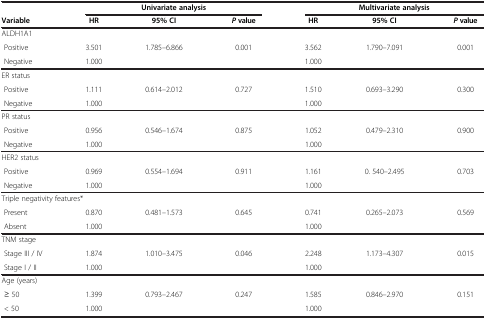
<table><thead><tr><td rowspan="2"><b>Variable</b></td><td colspan="3"><b>Univariate analysis</b></td><td colspan="3"><b>Multivariate analysis</b></td></tr><tr><td><b>HR</b></td><td><b>95% CI</b></td><td><b><i>P </i>value</b></td><td><b>HR</b></td><td><b>95% CI</b></td><td><b><i>P </i>value</b></td></tr></thead><tbody><tr><td>ALDH1A1</td><td> </td><td> </td><td> </td><td> </td><td> </td><td> </td></tr><tr><td> Positive</td><td>3.501</td><td>1.785–6.866</td><td>0.001</td><td>3.562</td><td>1.790–7.091</td><td>0.001</td></tr><tr><td> Negative</td><td>1.000</td><td> </td><td> </td><td>1.000</td><td> </td><td> </td></tr><tr><td>ER status</td><td> </td><td> </td><td> </td><td> </td><td> </td><td> </td></tr><tr><td> Positive</td><td>1.111</td><td>0.614–2.012</td><td>0.727</td><td>1.510</td><td>0.693–3.290</td><td>0.300</td></tr><tr><td> Negative</td><td>1.000</td><td> </td><td> </td><td>1.000</td><td> </td><td> </td></tr><tr><td>PR status</td><td> </td><td> </td><td> </td><td> </td><td> </td><td> </td></tr><tr><td> Positive</td><td>0.956</td><td>0.546–1.674</td><td>0.875</td><td>1.052</td><td>0.479–2.310</td><td>0.900</td></tr><tr><td> Negative</td><td>1.000</td><td> </td><td> </td><td>1.000</td><td> </td><td> </td></tr><tr><td>HER2 status</td><td> </td><td> </td><td> </td><td> </td><td> </td><td> </td></tr><tr><td> Positive</td><td>0.969</td><td>0.554–1.694</td><td>0.911</td><td>1.161</td><td>0. 540–2.495</td><td>0.703</td></tr><tr><td> Negative</td><td>1.000</td><td> </td><td> </td><td>1.000</td><td> </td><td> </td></tr><tr><td colspan="3">Triple negativity features*</td><td> </td><td> </td><td> </td><td> </td></tr><tr><td> Present</td><td>0.870</td><td>0.481–1.573</td><td>0.645</td><td>0.741</td><td>0.265–2.073</td><td>0.569</td></tr><tr><td> Absent</td><td>1.000</td><td> </td><td> </td><td>1.000</td><td> </td><td> </td></tr><tr><td>TNM stage</td><td> </td><td> </td><td> </td><td> </td><td> </td><td> </td></tr><tr><td> Stage III / IV</td><td>1.874</td><td>1.010–3.475</td><td>0.046</td><td>2.248</td><td>1.173–4.307</td><td>0.015</td></tr><tr><td> Stage I / II</td><td>1.000</td><td> </td><td> </td><td>1.000</td><td> </td><td> </td></tr><tr><td>Age (years)</td><td> </td><td> </td><td> </td><td> </td><td> </td><td> </td></tr><tr><td> ≥ 50</td><td>1.399</td><td>0.793–2.467</td><td>0.247</td><td>1.585</td><td>0.846–2.970</td><td>0.151</td></tr><tr><td> &lt; 50</td><td>1.000</td><td> </td><td> </td><td>1.000</td><td> </td><td> </td></tr></tbody></table>